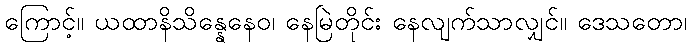
ကြောင့်။ ယထာနိသိန္နေနေဝ၊ နေမြဲတိုင်း နေလျက်သာလျှင်။ ဒေသတော၊